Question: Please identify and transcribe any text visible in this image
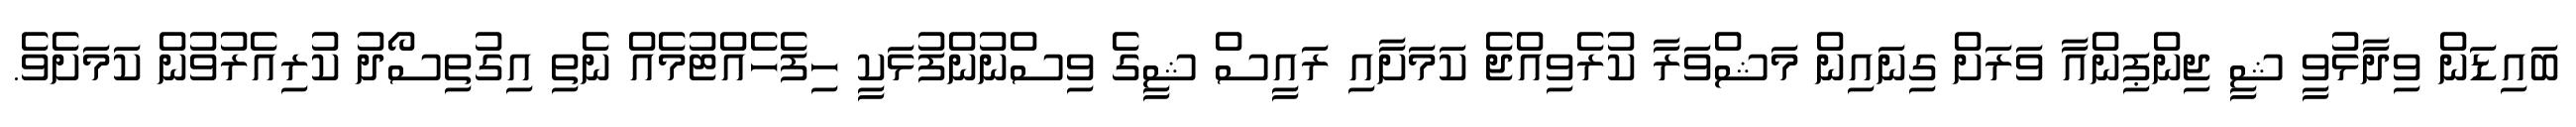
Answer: ބައިޑަން ވިދާޅުވީ ޝީ ޖިންޕިންއާ ވަރަށް ގިނައިން މަޝްވަރާ ކުރެވިއްޖެ ކަމަށާއި ރައީސް ޝީގެ ވިސްނުންފުޅަކީ ހިފެހެއްޓުމެއް ނެތި އިގުތިސޯދު ކުރިއެރުވުން ކަމަށެވެ.